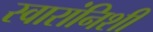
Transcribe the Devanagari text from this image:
स्वारांनिशी